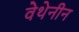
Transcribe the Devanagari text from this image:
वेथेनीन